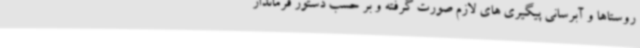
روستاها و آبرسانی پیگیری های لازم صورت گرفته و بر حسب دستور فرماندار